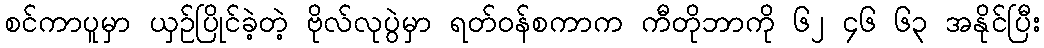
စင်ကာပူမှာ ယှဉ်ပြိုင်ခဲ့တဲ့ ဗိုလ်လုပွဲမှာ ရတ်ဝန်စကာက ကီတိုဘာကို ၆၂ ၄၆ ၆၃ အနိုင်ပြီး